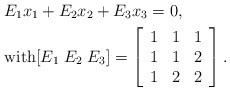
\begin{align*}&E_1 x_1 +E_2 x_2 + E_3 x_3 =0, \\&\mbox{with} [E_1 \; E_2\; E_3]=\left[\begin{array}{lll}1 & 1 & 1\\1 & 1 & 2\\1 & 2 & 2\end{array}\right].\end{align*}